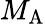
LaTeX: M_{\mathrm{A}}